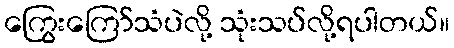
ကြွေးကြော်သံပဲလို့ သုံးသပ်လို့ရပါတယ်။